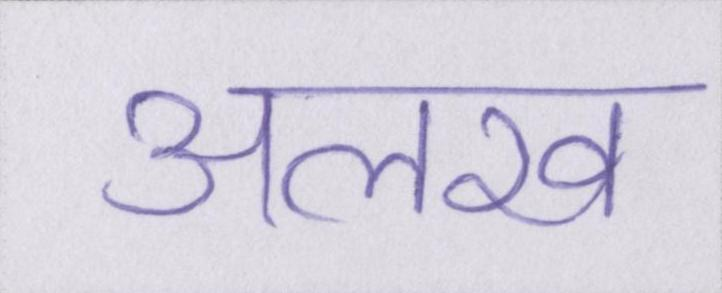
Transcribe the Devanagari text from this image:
अलख